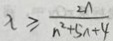
\lambda \geq \frac { 2 n } { n ^ { 2 } + 5 n + 4 }